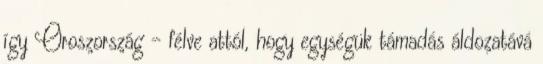
így Oroszország - félve attól, hogy egységük támadás áldozatává